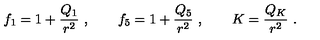
f _ { 1 } = 1 + { \frac { Q _ { 1 } } { r ^ { 2 } } } \ , \qquad f _ { 5 } = 1 + { \frac { Q _ { 5 } } { r ^ { 2 } } } \ , \qquad K = { \frac { Q _ { K } } { r ^ { 2 } } } \ .